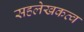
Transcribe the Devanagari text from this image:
सहलेखकत्व